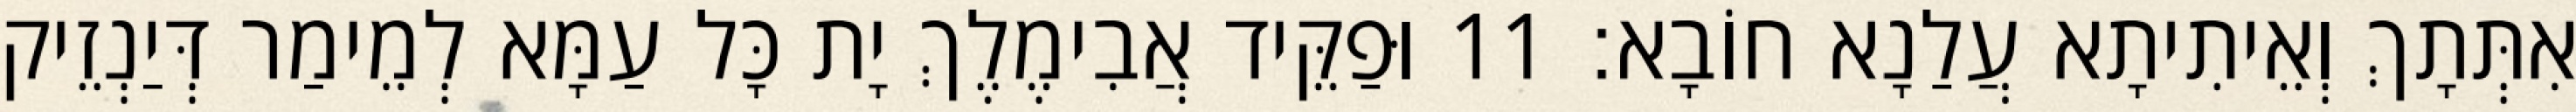
אִתְּתָךְ וְאֵיתִיתָא עֲלַנָא חוֹבָא׃ 11 וּפַקֵּיד אֲבִימֶלֶךְ יָת כָּל עַמָּא לְמֵימַר דְּיַנְזֵיק